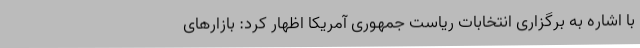
با اشاره به برگزاری انتخابات ریاست جمهوری آمریکا اظهار کرد: بازارهای